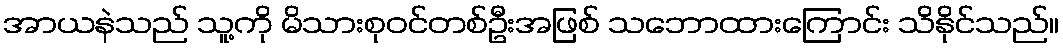
အာယနဲသည် သူ့ကို မိသားစုဝင်တစ်ဦးအဖြစ် သဘောထားကြောင်း သိနိုင်သည်။